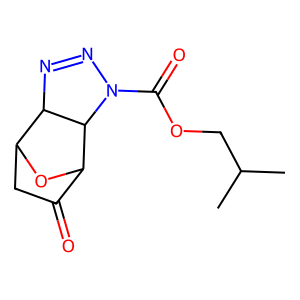
SMILES: CC(C)COC(=O)N1N=NC2C3CC(=O)C(O3)C21
Inhibits HIV replication: No